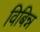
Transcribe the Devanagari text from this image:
विबिन्न